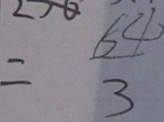
= \frac { 6 4 } { 3 }